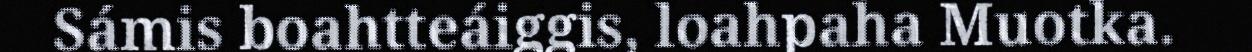
Sámis boahtteáiggis, loahpaha Muotka.